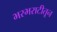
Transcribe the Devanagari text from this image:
भरभराटीतून